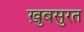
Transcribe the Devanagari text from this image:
ख़ुबसुरत